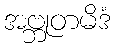
အဗ္ဘုတမိဒံ